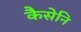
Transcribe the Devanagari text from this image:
कैसेनि